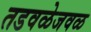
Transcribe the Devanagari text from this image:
तडवळेजवळ